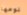
نوعها